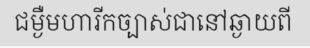
ជម្ងឺមហារីកច្បាស់ជានៅឆ្ងាយពី